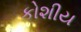
કોશીય